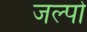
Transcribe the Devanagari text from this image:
जल्पो